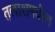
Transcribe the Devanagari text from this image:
तलाशमधील